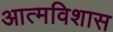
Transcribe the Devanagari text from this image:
आत्मविशास